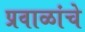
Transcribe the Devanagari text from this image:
प्रवाळांचे